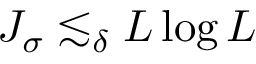
J _ { \sigma } \lesssim _ { \delta } L \log L